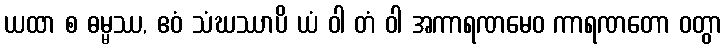
ယထာ စ ဓမ္မဿ, ဧဝံ သံဃဿာပိ ယံ ဝါ တံ ဝါ အကာရဏမေဝ ကာရဏတော ဝတွာ